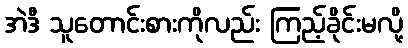
အဲဒီ သူတောင်းစားကိုလည်း ကြည့်ခိုင်းမလို့